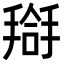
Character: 搿